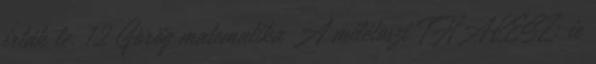
írták le. 12 Görög matematika A milétoszi THALÉSZ: ie